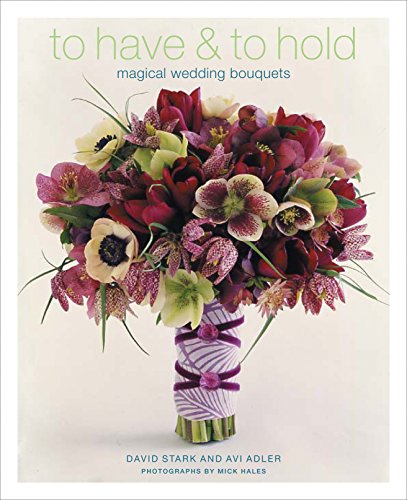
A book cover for To Have & To Hold: Magical Wedding Bouquets; Avi Adler; Crafts, Hobbies & Home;